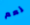
نعم